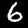
Label: 6